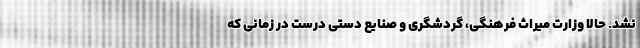
نشد. حالا وزارت میراث فرهنگی، گردشگری و صنایع دستی درست در زمانی که